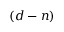
( d - n )